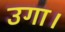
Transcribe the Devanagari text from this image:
उगा।